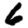
Digit: 6